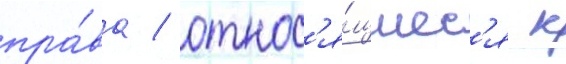
пра́ва / относ'я́щиес'я к